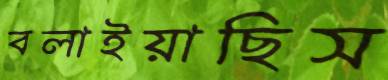
বলাইয়াছিস